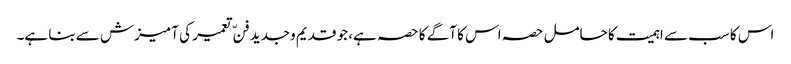
اس کا سب سے اہمیت کا حامل حصہ اس کا آگے کا حصہ ہے، جو قدیم وجدید فنّ تعمیر کی آمیزش سے بنا ہے۔